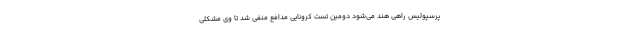
پرسپولیس راهی هند می‌شود دومین تست کرونایی مدافع منفی شد تا وی مشکلی